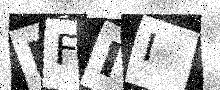
Text: PFII